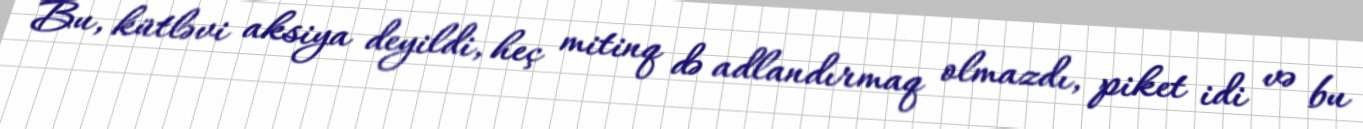
Bu, kütləvi aksiya deyildi, heç mitinq də adlandırmaq olmazdı, piket idi və bu